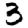
Digit: 3